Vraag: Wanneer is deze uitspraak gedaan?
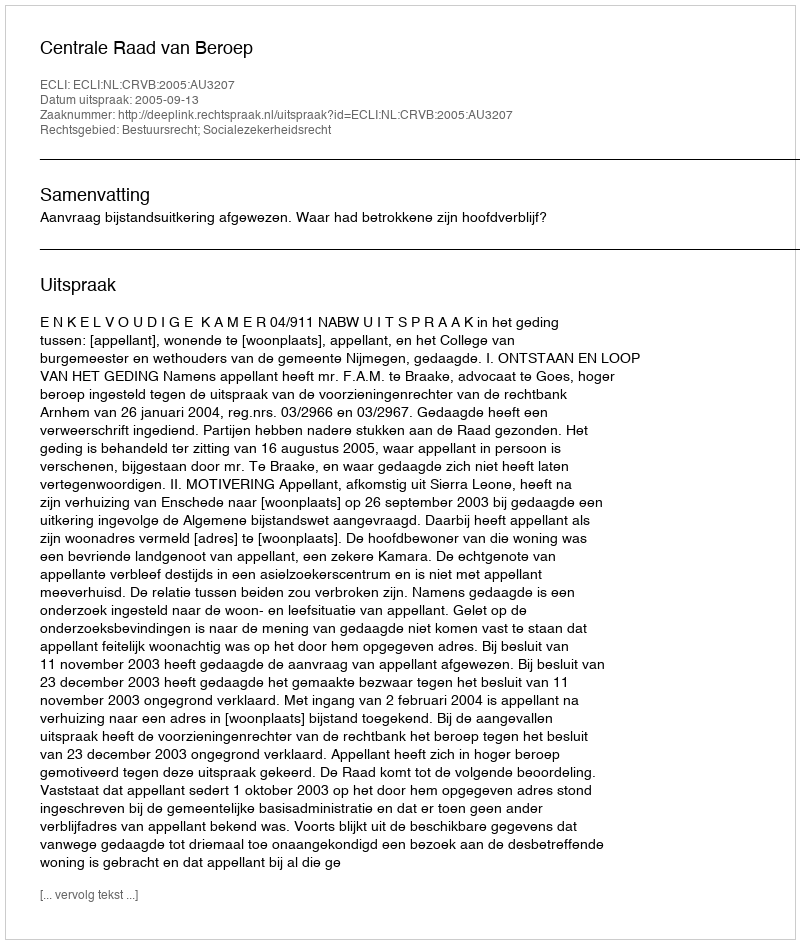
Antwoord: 2005-09-13